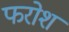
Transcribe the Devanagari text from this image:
फरोश